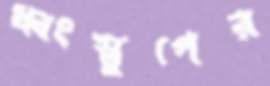
ধ্বংস্তুপের